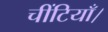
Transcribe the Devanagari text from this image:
चींटियाँ।